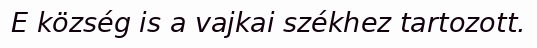
E község is a vajkai székhez tartozott.